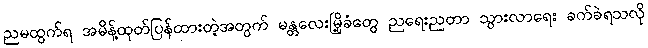
ညမထွက်ရ အမိန့်ထုတ်ပြန်ထားတဲ့အတွက် မန္တလေးမြို့ခံတွေ ညရေးညတာ သွားလာရေး ခက်ခဲရသလို